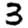
Digit: 3